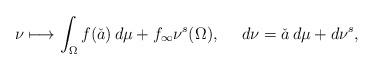
LaTeX: \begin{align*}\nu \longmapsto \int_{\Omega}f(\check{a})\,d\mu+f_{\infty}\nu^s(\Omega),\quad\ d\nu=\check{a}\,d\mu+d\nu^s,\end{align*}